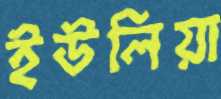
ইউলিয়া